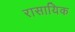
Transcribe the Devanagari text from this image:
रासायिक